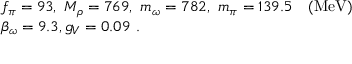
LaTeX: \begin{array} { l l } { { f _ { \pi } = 9 3 , ~ M _ { \rho } = 7 6 9 , ~ m _ { \omega } = 7 8 2 , ~ m _ { \pi } = 1 3 9 . 5 ~ ~ ~ ( \mathrm { M e V } ) } } \\ { { \beta _ { \omega } = 9 . 3 , g _ { V } = 0 . 0 9 ~ . } } \end{array}